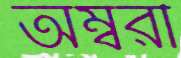
অম্বরী